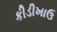
કીડીખાઉ